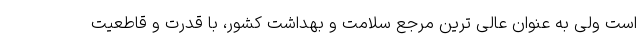
است ولی به عنوان عالی ترین مرجع سلامت و بهداشت کشور، با قدرت و قاطعیت